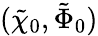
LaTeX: (\tilde{\chi}_{0},\tilde{\Phi}_{0})